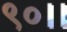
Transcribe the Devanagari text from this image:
९०।।